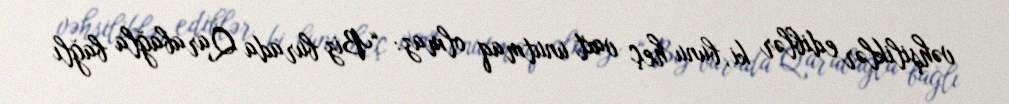
vəhşiliklər ediblər ki, bunu heç vaxt unutmaq olmaz: “Biz burada Qarabağla bağlı